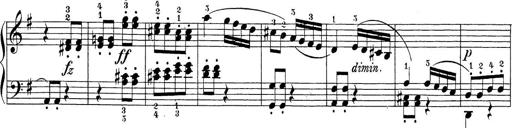
Title: Sonatina Album
Composer: Louis KÃ¶hler